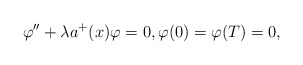
\begin{align*}\varphi'' + \lambda a^{+}(x) \varphi = 0, \varphi(0) = \varphi(T) = 0,\end{align*}